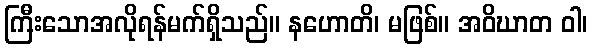
ကြီးသောအလိုရန်မက်ရှိသည်။ နဟောတိ၊ မဖြစ်။ အဝိဃာတ ဝါ၊